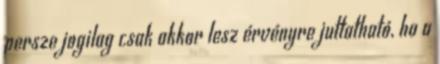
persze jogilag csak akkor lesz érvényre juttatható, ha a